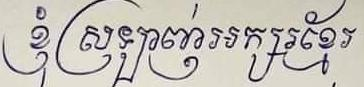
ខ្ញុំស្រឡាញ់អក្សរខ្មែរ